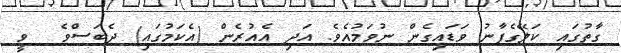
ގާތުގައި ކަލޭގެފާނު ވަޑައިގެން ނުވަމުއެވެ. އަދި އެއުރެން (އެކަމުގައި) ދެބަސްވެ  ވީ